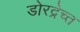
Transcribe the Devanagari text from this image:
डोरद्रेच्त